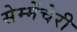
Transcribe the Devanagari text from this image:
सेम्मेंचेरी